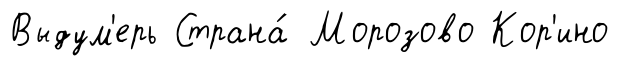
Выдум'ерь Страна́ Морозово Кор'ино